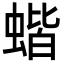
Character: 蝔